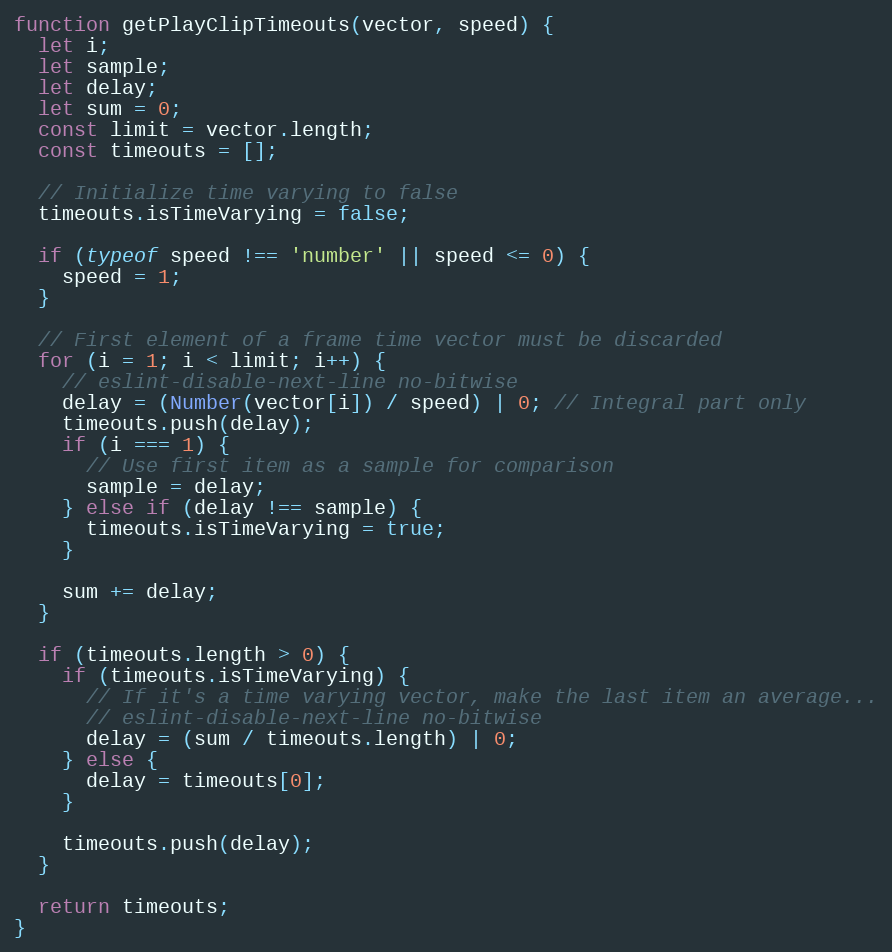
Language: JavaScript
function getPlayClipTimeouts(vector, speed) {
  let i;
  let sample;
  let delay;
  let sum = 0;
  const limit = vector.length;
  const timeouts = [];

  // Initialize time varying to false
  timeouts.isTimeVarying = false;

  if (typeof speed !== 'number' || speed <= 0) {
    speed = 1;
  }

  // First element of a frame time vector must be discarded
  for (i = 1; i < limit; i++) {
    // eslint-disable-next-line no-bitwise
    delay = (Number(vector[i]) / speed) | 0; // Integral part only
    timeouts.push(delay);
    if (i === 1) {
      // Use first item as a sample for comparison
      sample = delay;
    } else if (delay !== sample) {
      timeouts.isTimeVarying = true;
    }

    sum += delay;
  }

  if (timeouts.length > 0) {
    if (timeouts.isTimeVarying) {
      // If it's a time varying vector, make the last item an average...
      // eslint-disable-next-line no-bitwise
      delay = (sum / timeouts.length) | 0;
    } else {
      delay = timeouts[0];
    }

    timeouts.push(delay);
  }

  return timeouts;
}